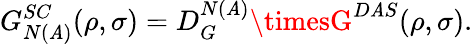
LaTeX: G_{N(\mathit{A})}^{SC}(\rho,\sigma)=D_{G}^{N(\mathit{A})}\timesG^{D\mathit{A}S}(\rho,\sigma).